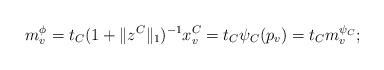
LaTeX: \begin{align*}m^\phi_v=t_C(1+\|z^C\|_1)^{-1}x^C_v=t_C\psi_C(p_v)=t_Cm^{\psi_C}_v;\end{align*}